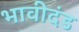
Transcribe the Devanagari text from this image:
भावीदंड